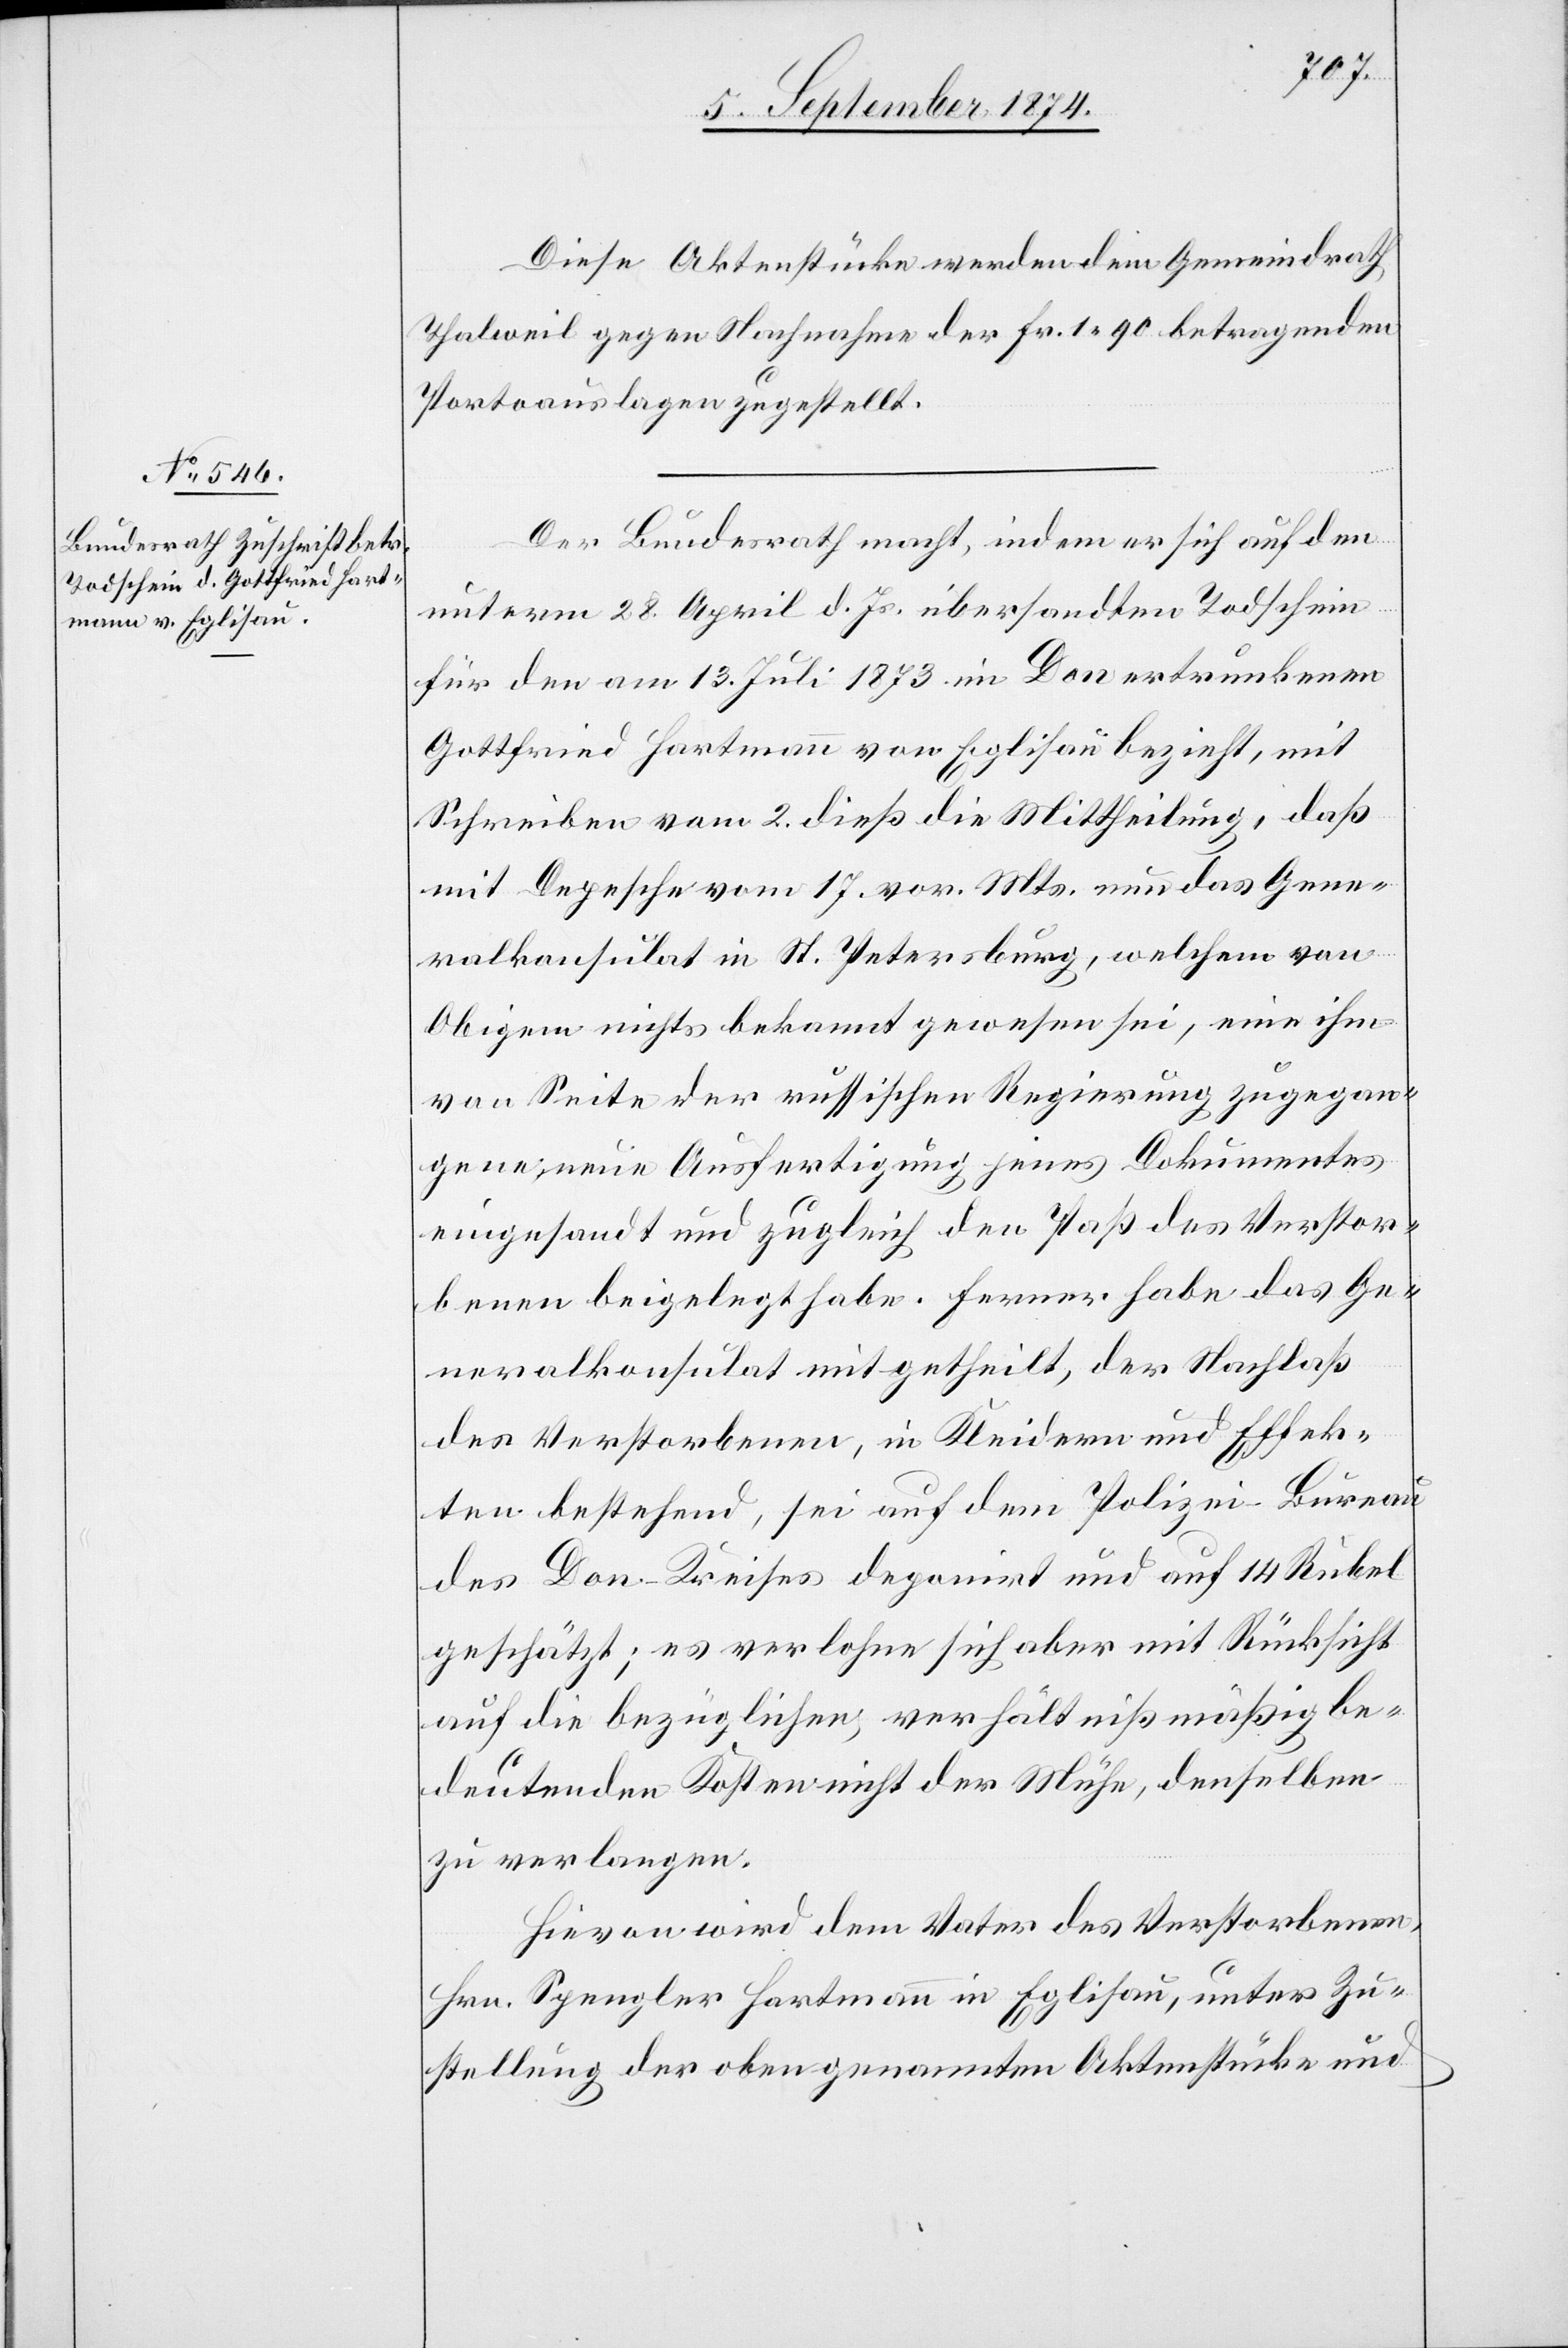
5. September 1874.]
Diese Aktenstücke werden dem Gemeindrath
Thalweil gegen Nachnahme der Fr. 1.90 betragenden
Portoauslagen zugestellt.
Der Bundesrath macht, indem er sich auf den
unterm 28. April d. Js. übersandten Todschein
für den am 13. Juli 1873 im Don ertrunkenen
Gottfried Hartmann von Eglisau bezieht, mit
Schreiben vom 2. dieß die Mittheilung, daß
mit Depesche vom 17. vor. Mts. nun das Gene¬
ralkonsulat in St. Petersburg, welchem von
Obigem nichts bekannt gewesen sei, eine ihm
von Seite der russischen Regierung zugegan¬
gene neue Ausfertigung jenes Dokumentes
eingesandt und zugleich den Paß des Verstor¬
benen beigelegt habe. Ferner habe das Ge¬
neralkonsulat mitgetheilt, der Nachlaß
des Verstorbenen, in Kleidern und Effek¬
ten bestehend, sei auf dem Polizei-Bureau
des Don-Kreises deponirt und auf 14 Rubel
geschätzt; es verlohne sich aber mit Rücksicht
auf die bezüglichen, verhältnißmäßig be¬
deutenden Kosten nicht der Mühe, denselben
zu verlangen.
Hievon wird dem Vater des Verstorbenen,
Hrn. Spengler Hartmann in Eglisau, unter Zu¬
stellung der oben genannten Aktenstücke und